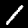
Label: 1